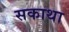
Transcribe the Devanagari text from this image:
सकाथा